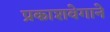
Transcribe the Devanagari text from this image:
प्रकाशवेगाने